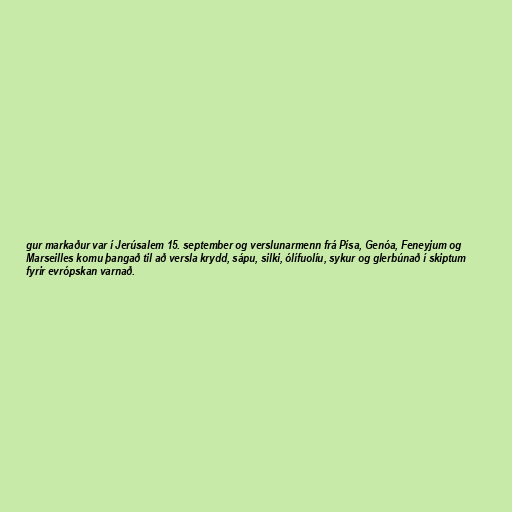
gur markaður var í Jerúsalem 15. september og verslunarmenn frá Písa, Genóa, Feneyjum og
Marseilles komu þangað til að versla krydd, sápu, silki, ólífuolíu, sykur og glerbúnað í skiptum
fyrir evrópskan varnað.